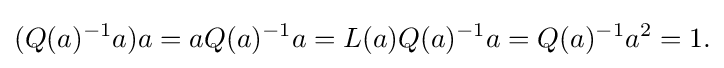
\displaystyle {(Q(a)^{-1}a)a=aQ(a)^{-1}a=L(a)Q(a)^{-1}a=Q(a)^{-1}a^{2}=1.}